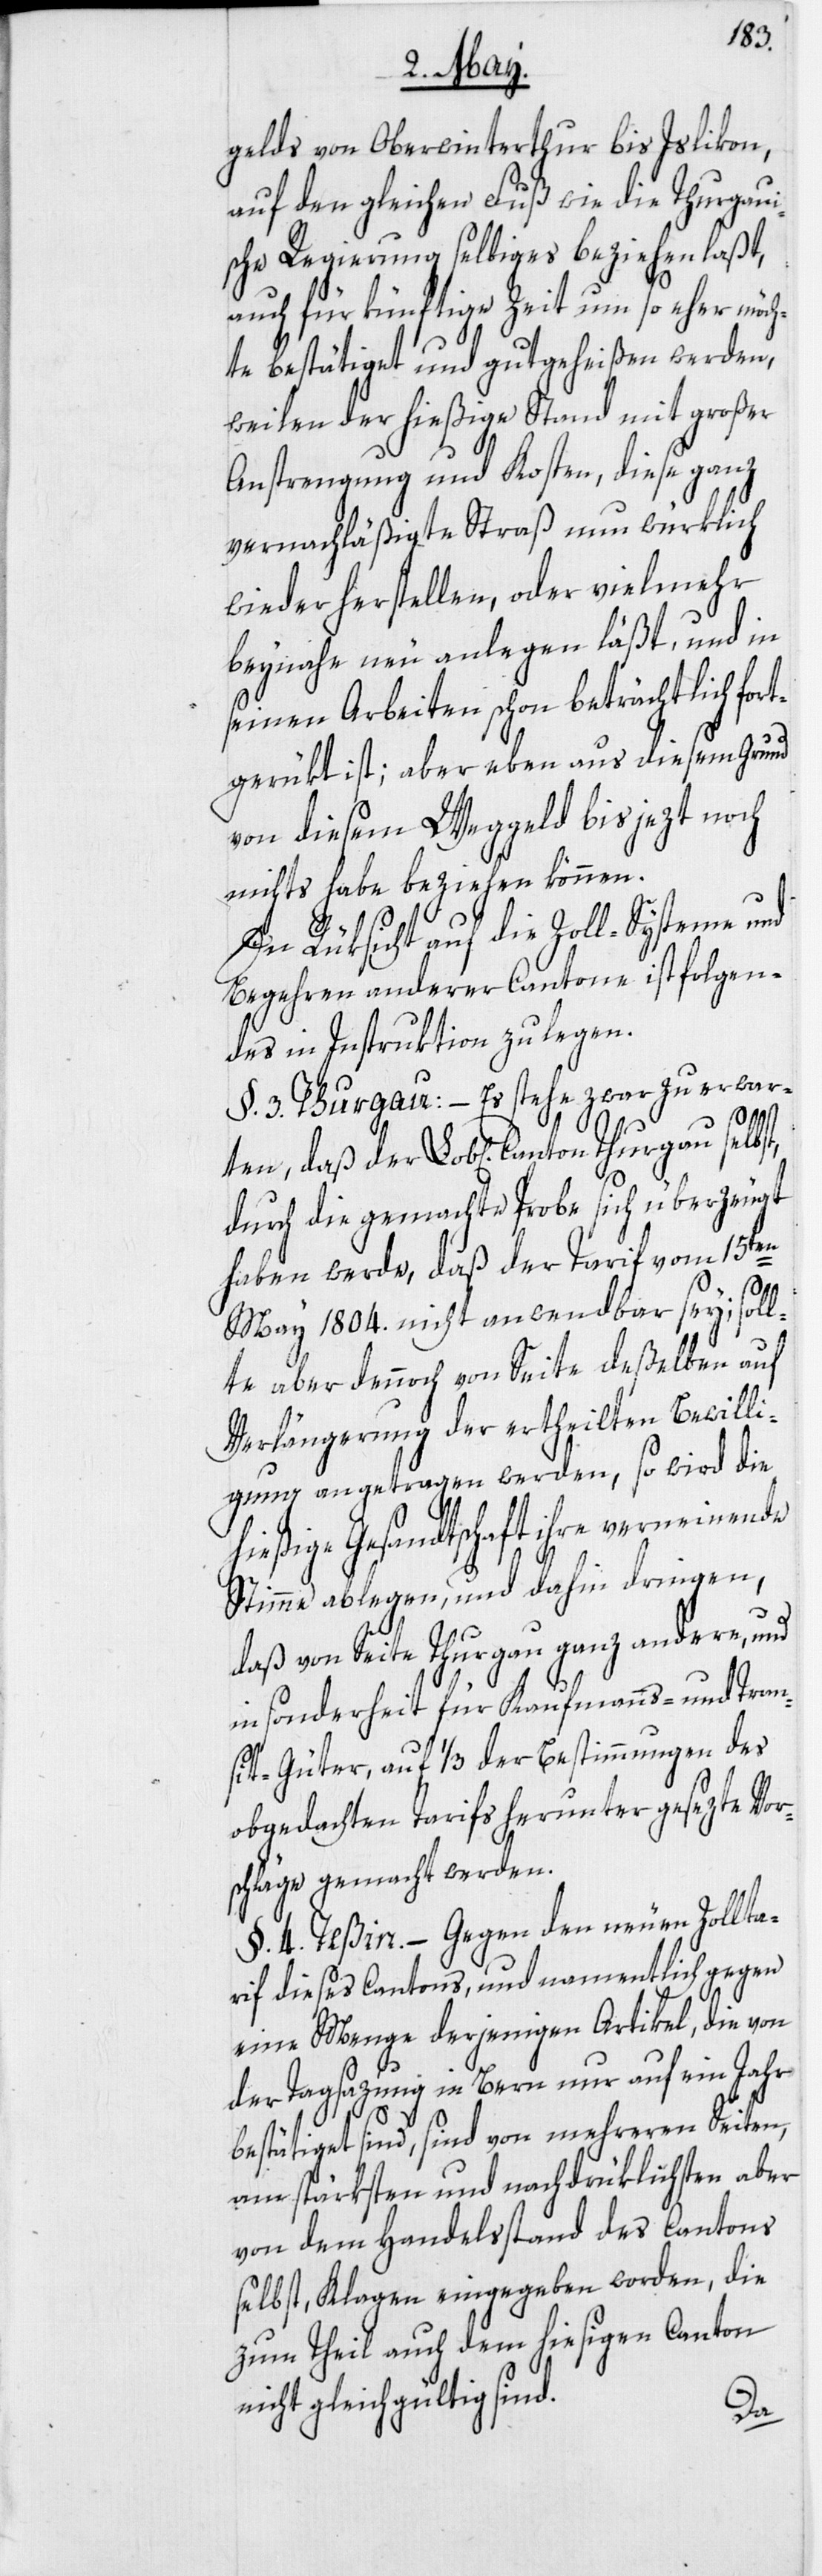
gelds von Oberwinterthur bis Islikon,
auf den gleichen Fuß wie die Thurgaui¬
sche Regierung selbiges beziehen laßt,
auch für künftige Zeit um so eher möch¬
te bestätiget und gutgeheißen werden,
weilen der hießige Stand mit großer
Anstrengung und Kosten, diese ganz
vernachläßigte Straß nun würklich
wieder herstellen, oder vielmehr
beynahe neu anlegen läßt, und in
seinen Arbeiten schon beträchtlich fort¬
gerükt ist; aber eben aus diesem Grund
von diesem Weggeld bis jezt noch
nichts habe beziehen können.
In Rüksicht auf die Zoll-Systeme und
Begehren anderer Cantone ist folgen¬
des in Instruktion zu legen.
§. 3. Thurgau: – Es stehe zwar zu erwar¬
ten, daß der Lob[liche] Canton Thurgau selbst,
durch die gemachte Probe sich überzeugt
haben werde, daß der Tarif vom 15ten
May 1804. nicht anwendbar sey; soll¬
te aber dennoch von Seite deßelben auf
Verlängerung der ertheilten Bewilli¬
gung angetragen werden, so wird die
hießige Gesandtschaft ihre verneinende
Stimme ablegen, und dahin dringen,
daß von Seite Thurgau ganz andere, und
in sonderheit für Kaufmanns- und Tran¬
sit-Güter, auf ¹/3 der Bestimmungen des
obgedachten Tarifs herunter gesezte Vor¬
schläge gemacht werden.
§. 4. Teßin. – Gegen den neuen Zollta¬
rif dieses Cantons, und namentlich gegen
eine Menge derjenigen Artikel, die von
der Tagsazung in Bern nur auf ein Jahr
bestätiget sind, sind von mehreren Seiten,
am stärksten und nachdrüklichsten aber
von dem Handelsstand des Cantons
selbst, Klagen eingegeben worden, die
zum Theil auch dem hiesigen Canton
nicht gleichgültig sind.